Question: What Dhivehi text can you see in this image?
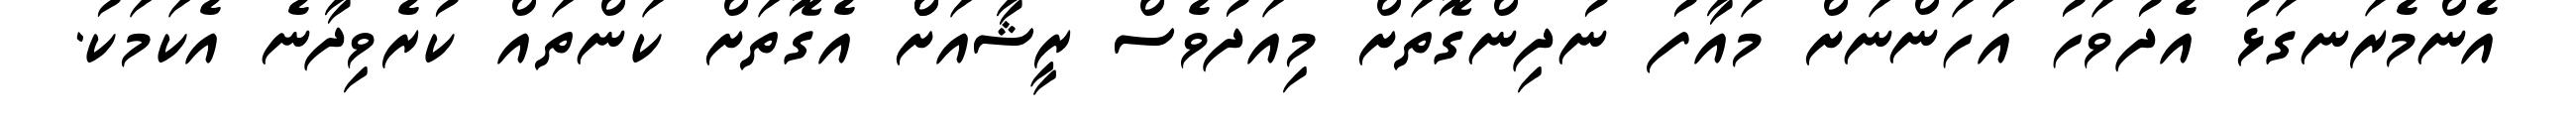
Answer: އެންމެރަނގަޅު އެދުވަހު އަަހަންނަށް މައާފު ނުދިންގޮތަށް މިއަދުވެސް ރީޝާއަށްް އެގޮތަށް ކަންތައް ކުރެވިދާނެ އެކަމަކު.